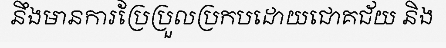
នឹងមានការប្រែប្រួលប្រកបដោយជោគជ័យ និង